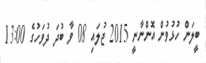
ބީލަން ހުޅުވުން އޮންނާނީ 2015 ޖުލައި 08 ވާ ބުދަ ދުވަހުގެ 13:00